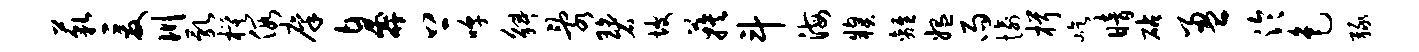
藐爰川乳模假廪鼻上嗥斛乱碧坡蔟斗海糗离媪雨愉楫屹暗砧盈泠色绿